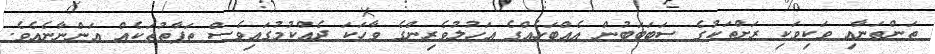
ތަންތަނާއި ވަކިވަކި ރަށްތަކުގެ ސަބަބަބުން އެއްބަހެއްގެ އަހުލުވެރިންގެ ވާހަކަ ދެއްކުމުގައިވެސް ތަފާތުތަކެއް އަންނާނެއެވެ.